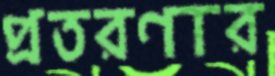
প্রতরণার